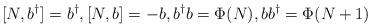
LaTeX: \begin{align*}[N,b^{\dagger}]=b^{\dagger},[N,b]=-b, b^{\dagger}b=\Phi(N),bb^{\dagger}=\Phi(N+1)\end{align*}